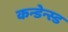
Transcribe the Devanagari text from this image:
कन्डेन्स्ड